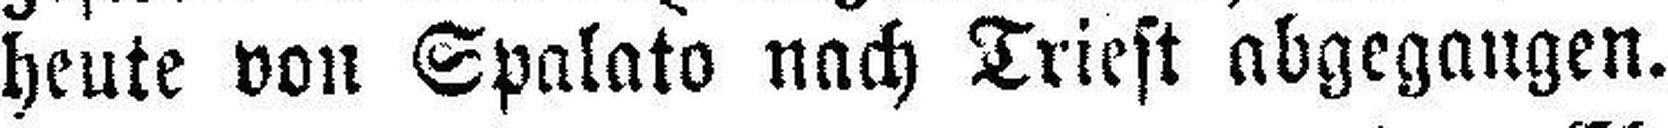
heute von Spalato nach Triest abgegangen.